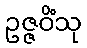
ဥဇ္ဇဝိံသု